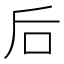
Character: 后